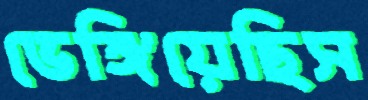
ভেঙ্গিয়েছিস